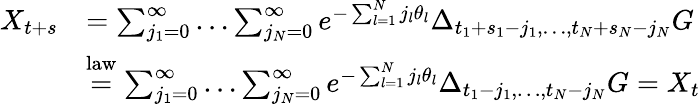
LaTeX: \begin{array}{rl}{X_{t+s}}&{=\sum_{j_{1}=0}^{\infty}\dots\sum_{j_{N}=0}^{\infty}e^{-\sum_{l=1}^{N}j_{l}\theta_{l}}\Delta_{t_{1}+s_{1}-j_{1},\dots,t_{N}+s_{N}-j_{N}}G}\\ &{\overset{\mathrm{law}}{=}\sum_{j_{1}=0}^{\infty}\dots\sum_{j_{N}=0}^{\infty}e^{-\sum_{l=1}^{N}j_{l}\theta_{l}}\Delta_{t_{1}-j_{1},\dots,t_{N}-j_{N}}G=X_{t}}\end{array}